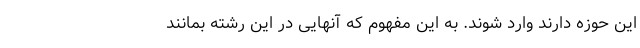
این حوزه دارند وارد شوند. به این مفهوم که آنهایی در این رشته بمانند